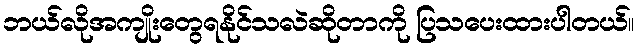
ဘယ်လိုအကျိုးတွေရနိုင်သလဲဆိုတာကို ပြသပေးထားပါတယ်။